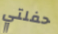
حفلتي